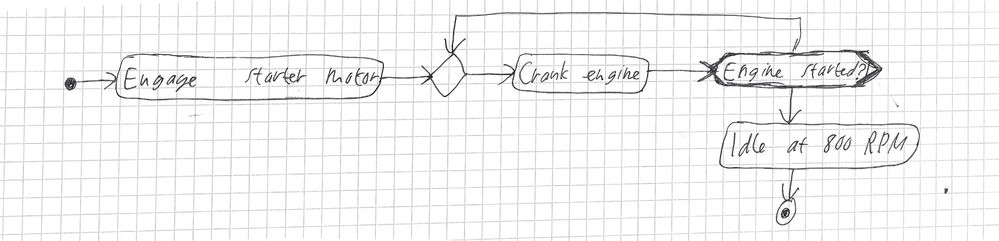
Diagram type: activity_diagram
```plantuml
@startuml

start
:Engage starter motor;
repeat
  :Crank engine;
repeat while (Engine started?)
:Idle at 800 RPM;
stop

@enduml
```